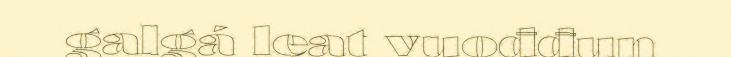
galgá leat vuođđun